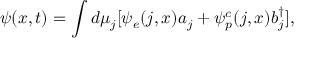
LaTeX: \psi ( x , t ) = \int d \mu _ { j } [ \psi _ { e } ( j , x ) a _ { j } + \psi _ { p } ^ { c } ( j , x ) b _ { j } ^ { \dagger } ] ,